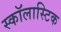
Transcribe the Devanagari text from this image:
स्कॉलास्टिक